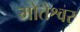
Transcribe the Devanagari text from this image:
मोतेश्वर